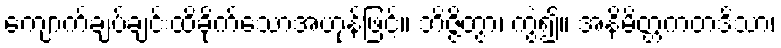
ကျောက်ချပ်ချင်းထိခိုက်သောအဟုန်ဖြင့်။ ဘိဇ္ဇိတွာ၊ ကွဲ၍။ အနိမိတ္တကတဒိသာ၊